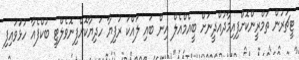
ޓީޗަރުން ތަމްރީންކޮށްފިއިމާދުއްދީނަށް ބީއެމްއެލް އިން ބައި ލައްކަ ރުފިޔާ ހަދިޔާކޮށްފިނޮވެލްޓީ ބުކްފެއާ ހުޅުަވައިފި